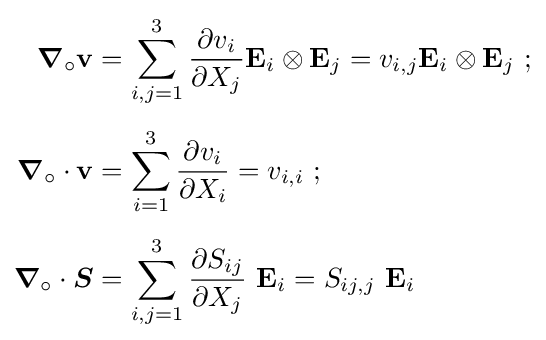
{\begin{aligned}{\boldsymbol {\nabla }}_{\circ }\mathbf {v} &=\sum _{i,j=1}^{3}{\frac {\partial v_{i}}{\partial X_{j}}}\mathbf {E} _{i}\otimes \mathbf {E} _{j}=v_{i,j}\mathbf {E} _{i}\otimes \mathbf {E} _{j}~;\\[1ex]{\boldsymbol {\nabla }}_{\circ }\cdot \mathbf {v} &=\sum _{i=1}^{3}{\frac {\partial v_{i}}{\partial X_{i}}}=v_{i,i}~;\\[1ex]{\boldsymbol {\nabla }}_{\circ }\cdot {\boldsymbol {S}}&=\sum _{i,j=1}^{3}{\frac {\partial S_{ij}}{\partial X_{j}}}~\mathbf {E} _{i}=S_{ij,j}~\mathbf {E} _{i}\end{aligned}}